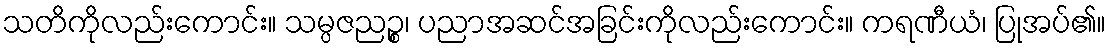
သတိကိုလည်းကောင်း။ သမ္ပဇညဉ္စ၊ ပညာအဆင်အခြင်းကိုလည်းကောင်း။ ကရဏီယံ၊ ပြုအပ်၏။